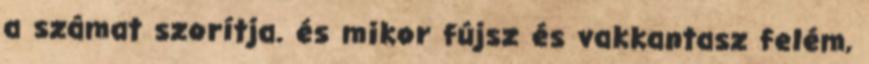
a számat szorítja. és mikor fújsz és vakkantasz felém,